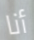
أنا